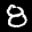
Label: 8